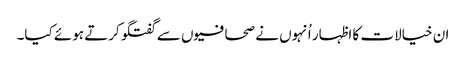
ان خیالات کا اظہار اُنہوں نے صحافیوں سے گفتگو کرتے ہوئے کیا۔